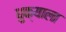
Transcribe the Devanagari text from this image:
धुक्‍याला